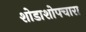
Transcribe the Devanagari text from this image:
शोडाशोपचारा